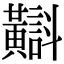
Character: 𪏡